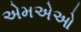
એમએઓ